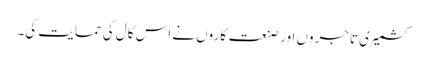
کشمیری تاجروں اور صنعت کاروں نے اس کال کی حمایت کی۔